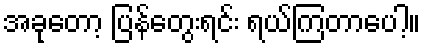
အခုတော့ ပြန်တွေးရင်း ရယ်ကြတာပေါ့။